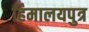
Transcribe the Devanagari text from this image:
हिमालयपुत्र